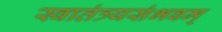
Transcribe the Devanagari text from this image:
स्वातंत्र्यसंभवम्